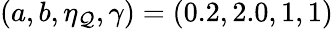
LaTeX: (a,b,\eta_{\mathcal{Q}},\gamma)=(0.2,2.0,1,1)